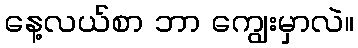
နေ့လယ်စာ ဘာ ကျွေးမှာလဲ။